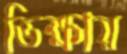
ভিক্ষায়